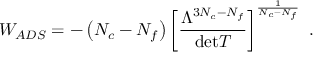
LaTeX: W _ { A D S } = - \left( N _ { c } - N _ { f } \right) \left[ \frac { \Lambda ^ { 3 N _ { c } - N _ { f } } } { \mathrm { d e t } T } \right] ^ { \frac { 1 } { N _ { c } - N _ { f } } } \ .